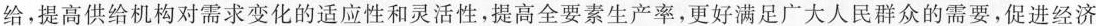
给，提高供给机构对需求变化的适应性和灵活性，提高全要素生产率，更好满足广大人民群众的需要，促进经济